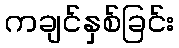
ကချင်နှစ်ခြင်း